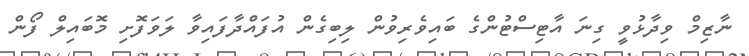
ނާޒިމް ވިދާޅުވީ ގިނަ އާޓިސްޓުންގެ ބައިވެރިވުން ލިބިގެން އުފައްދާފައިވާ ލަވަފޮށި މޮބައިލް ފޯން